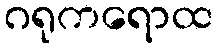
ဂရုကရောထ